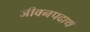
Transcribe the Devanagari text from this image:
जीवनपदार्थ